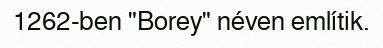
1262-ben "Borey" néven említik.